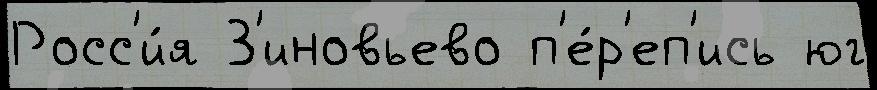
Росс'и́я З'иновьево п'е́р'еп'ись юг